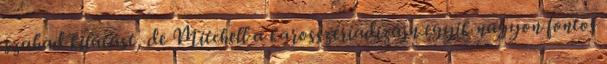
szabad kilátást, de Mitchell a karosszériadizájn egyik nagyon fontos